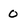
Character: o